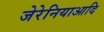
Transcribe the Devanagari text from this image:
जेरेनियाआदि